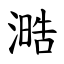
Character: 㵆